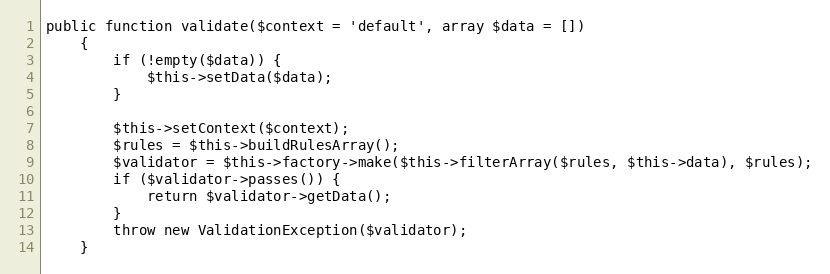
Language: PHP
public function validate($context = 'default', array $data = [])
    {
        if (!empty($data)) {
            $this->setData($data);
        }

        $this->setContext($context);
        $rules = $this->buildRulesArray();
        $validator = $this->factory->make($this->filterArray($rules, $this->data), $rules);
        if ($validator->passes()) {
            return $validator->getData();
        }
        throw new ValidationException($validator);
    }